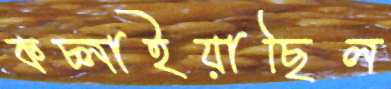
কচ্‌লাইয়াছিল